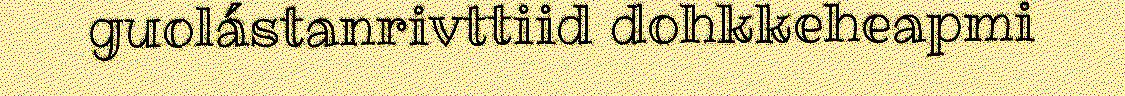
guolástanrivttiid dohkkeheapmi